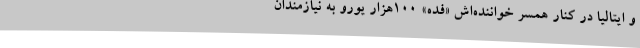
و ایتالیا در کنار همسر خواننده‌اش «فده» 100هزار یورو به نیازمندان